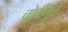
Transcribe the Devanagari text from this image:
चोचींमुळे